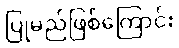
ပြုမည်ဖြစ်ကြောင်း